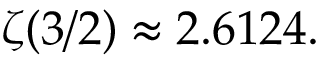
\, \zeta ( 3 / 2 ) \approx 2 . 6 1 2 4 .